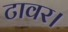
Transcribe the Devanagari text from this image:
टावर।